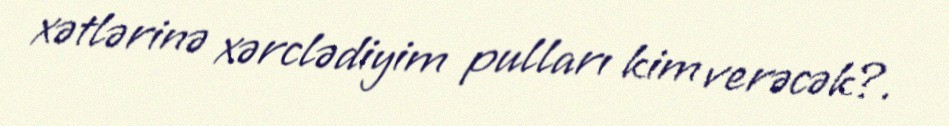
xətlərinə xərclədiyim pulları kim verəcək?.